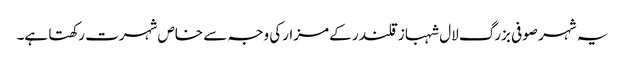
یہ شہر صوفی بزرگ لال شہباز قلندر کے مزارکی وجہ سے خاص شہرت رکھتا ہے۔